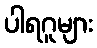
ပါရဂူများ